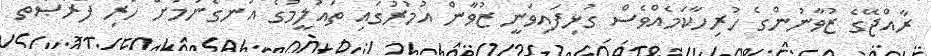
ރާއްޖޭގެ ޒުވާނުންގެ ހުރިހާކަމެއްވެސް ގުޅިފައިވަނީ ޒުވާން އުމުރުގައި ތައުލީމުގެ އުނގެނުމަށް ހުރި ފުރުޞަތު